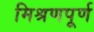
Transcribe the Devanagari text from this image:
मिश्रणपूर्ण